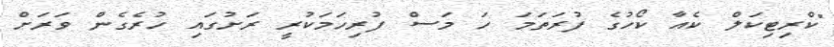
"ކްރިޓިކަލް ކެއާ ކޯހުގެ ފުރަތަމަ ހަ މަސް ފުރިހަމަކުރީ ރަށުގައި ހުރެގެން ވަރަށް